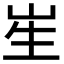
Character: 𭺱